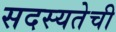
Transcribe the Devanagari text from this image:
सदस्यतेची